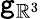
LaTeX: \mathtt{g}_{\mathbb{R}^{3}}